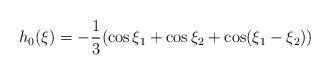
LaTeX: \begin{align*}h_0(\xi)=-\frac{1}{3}(\cos\xi_1+\cos\xi_2+\cos(\xi_1-\xi_2))\end{align*}